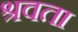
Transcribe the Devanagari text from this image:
श्रवता